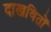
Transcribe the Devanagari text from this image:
दाखवितों